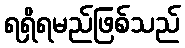
ရရှိရမည်ဖြစ်သည်